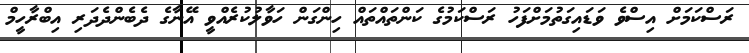
ރަސްކަމަށް އިސްވެ ވަޑައިގަތުމަށްފަހު ރަސްކަމުގެ ކަންތައްތައް ހިންގަން ހަވާލުކުރެއްވީ އޭނާގެ ދެބެންދެދަރި އިބްރާހީމް